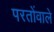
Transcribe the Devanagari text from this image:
परतोंवाले